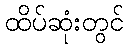
ထိပ်ဆုံးတွင်